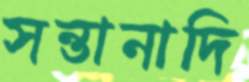
সন্তানাদি